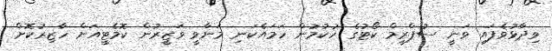
ވިދާޅުވެފައި ވަނީ ސުޕްރީމް ކޯޓުގެ ހުކުމުން ހަމައެކަނި މަނާވީ ވަޒީރުން ކޮމެޓީއަށް ހާޒިރުކޮށް